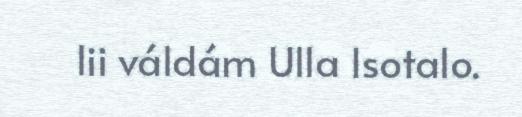
lii váldám Ulla Isotalo.